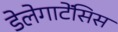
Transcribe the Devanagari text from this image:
डेलेगाटेंसिस